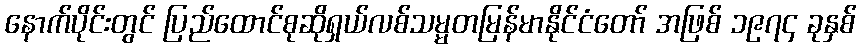
နောက်ပိုင်းတွင် ပြည်ထောင်စုဆိုရှယ်လစ်သမ္မတမြန်မာနိုင်ငံတော် အဖြစ် ၁၉၇၄ ခုနှစ်